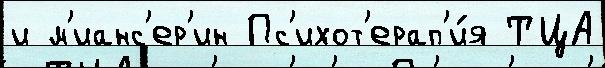
и м'ианс'ер'ин Пс'ихот'ерап'и́я ТЦА